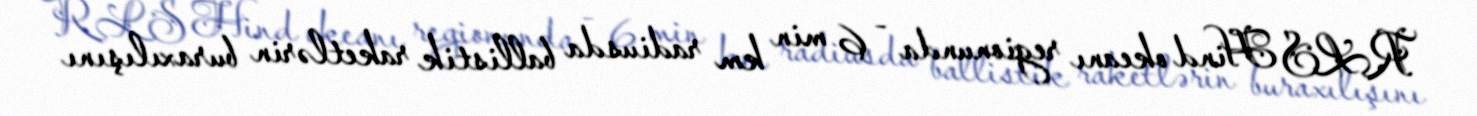
RLS Hind okeanı regionunda - 6 min km radiusda ballistik raketlərin buraxılışını